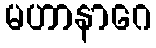
မဟာနာဂေ